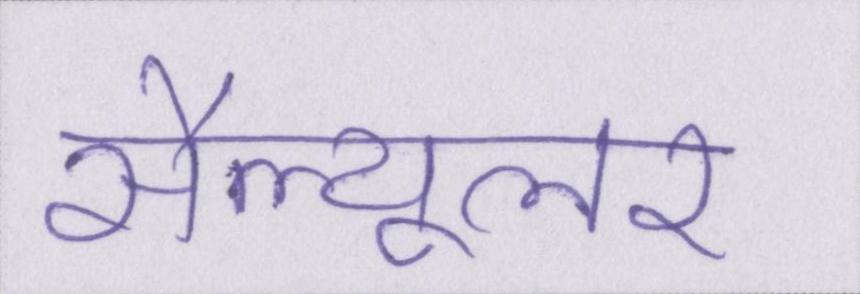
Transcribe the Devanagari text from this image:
सैल्यूलर